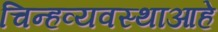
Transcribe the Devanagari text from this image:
चिन्हव्यवस्थाआहे